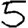
Digit: 5